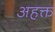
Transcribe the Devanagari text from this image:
अहक्त